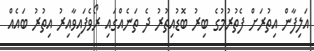
އަލިފާން އިތުރަށް ފެތުރުމުގެ ބިރު ބޮޑުއިތުރު ދެ ތަނެއްގައި ރޯވެފައިވާއިރު އިތުރު ބައެއް